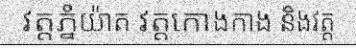
វត្តភ្នំយ៉ាត វត្តកោងកាង និងវត្ត